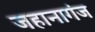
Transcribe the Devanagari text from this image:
जहानागंज